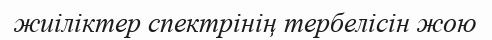
жиіліктер спектрінің тербелісін жою